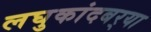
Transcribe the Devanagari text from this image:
लघुकांदबर्‍या